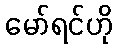
မော်ရင်ဟို